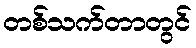
တစ်သက်တာတွင်